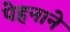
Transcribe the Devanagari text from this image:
पेहनाने